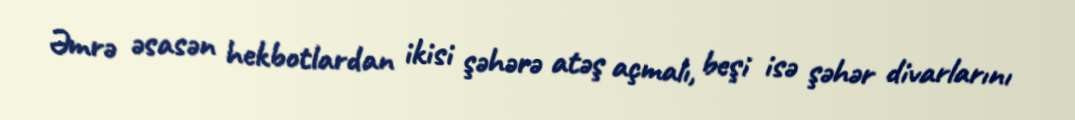
Əmrə əsasən hekbotlardan ikisi şəhərə atəş açmalı, beşi isə şəhər divarlarını